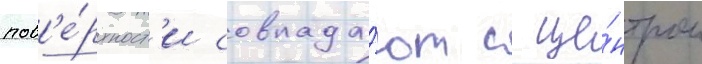
пов'е́рхност'и совпада́ют с це́нтром